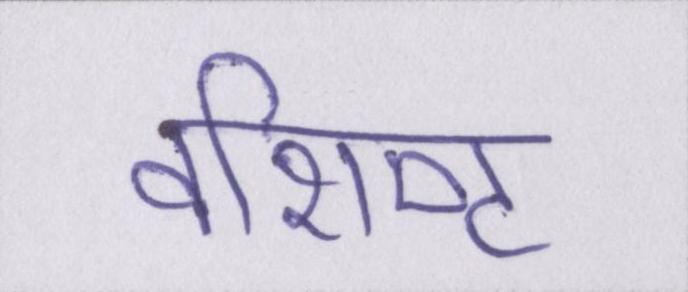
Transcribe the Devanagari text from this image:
वशिष्ट